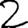
Digit: 2